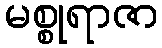
မစ္စုရာဇာ